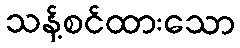
သန့်စင်ထားသော